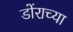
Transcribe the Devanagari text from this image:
डोंराच्या